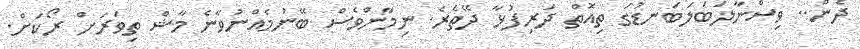
ދެން.. ވިސްނާލަބަލަބަނޑުގަ ތިއޮތް ދަރިފުޅާ ދޭތެރެ. ނިމާންވެސް ބޭނުމެއްނުވާނެ މާޝް ތިވަރަށް ރޯކަށް.